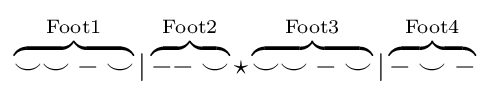
\overbrace {\smile \smile -\smile } ^{\mathrm {Foot1} }|\overbrace {--\smile } ^{\mathrm {Foot2} }\star \overbrace {\smile \smile -\smile } ^{\mathrm {Foot3} }|\overbrace {-\smile -} ^{\mathrm {Foot4} }